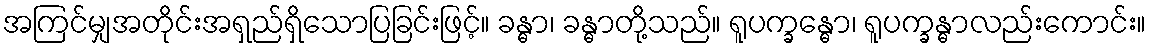
အကြင်မျှအတိုင်းအရှည်ရှိသောပြခြင်းဖြင့်။ ခန္ဓာ၊ ခန္ဓာတို့သည်။ ရူပက္ခန္ဓော၊ ရူပက္ခန္ဓာလည်းကောင်း။